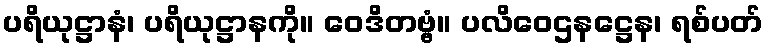
ပရိယုဋ္ဌာနံ၊ ပရိယုဋ္ဌာနကို။ ဝေဒိတဗ္ဗံ။ ပလိဝေဌနဋ္ဌေန၊ ရစ်ပတ်